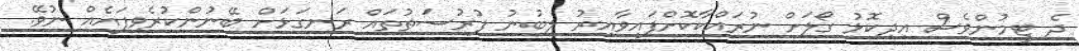
ދެ ޓީމުންވެސް އިދިކޮޅު ގޯލަށް ނުރައްކާކޮށްފައިވާއިރު ލިބުނު ފުރުސަތުތައް ރަނގަޅަށް ބޭނުންކުރެވިފައެއް ނުވޭ.